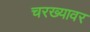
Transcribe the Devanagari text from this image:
चरख्यावर